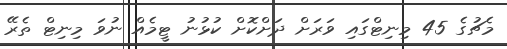
މެޗުގެ 45 މިނިޓްގައި ވަރަށް ދަށްކޮށް ކުޅުނު ޓީމެއް ނުވަ މިނިޓް ތެރޭ